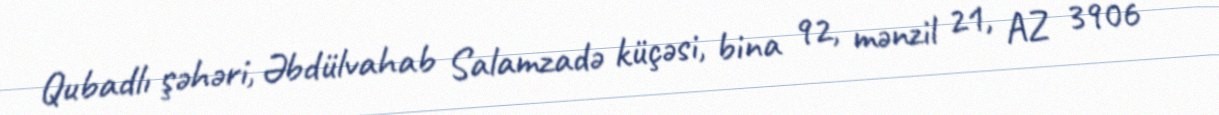
Qubadlı şəhəri, Əbdülvahab Salamzadə küçəsi, bina 92, mənzil 21, AZ 3906